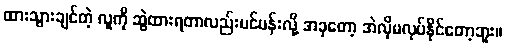
ထားသွားချင်တဲ့ လူကို ဆွဲထားရတာလည်းပင်ပန်းလို့ အခုတော့ အဲလိုမလုပ်နိုင်တော့ဘူး။